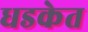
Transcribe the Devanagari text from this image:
धडकेत